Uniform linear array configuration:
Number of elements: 24
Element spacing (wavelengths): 0.5
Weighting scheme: cosine
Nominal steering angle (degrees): -30
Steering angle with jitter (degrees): -29.146
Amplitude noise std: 0.05
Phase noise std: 0.05

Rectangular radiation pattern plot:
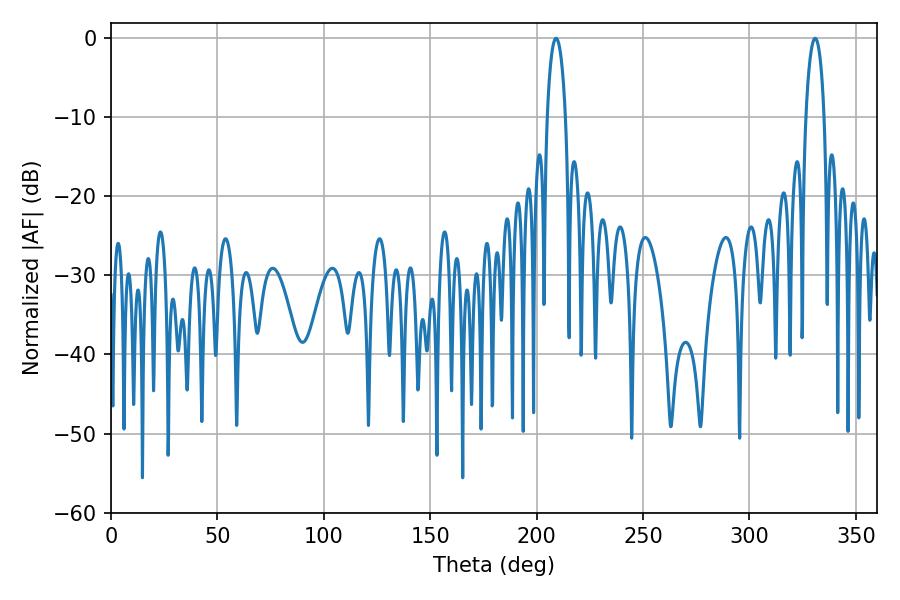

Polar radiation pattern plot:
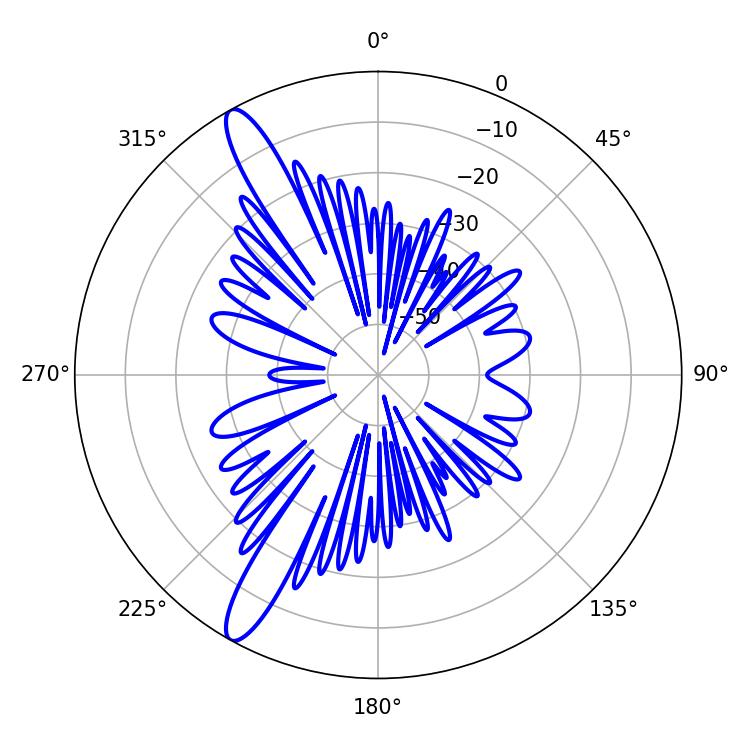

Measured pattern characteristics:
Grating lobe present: FALSE
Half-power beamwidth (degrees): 5.04
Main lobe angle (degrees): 209.16